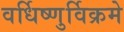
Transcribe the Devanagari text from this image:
वर्धिष्णुर्विक्रमे